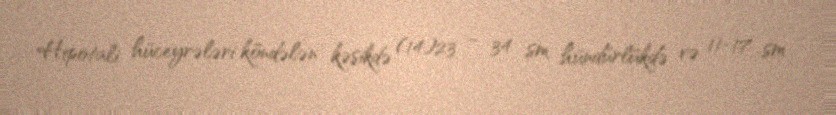
Hipotali hüceyrələri köndələn kəsikdə (14)23 – 34 sm hündürlükdə və 11-17 sm